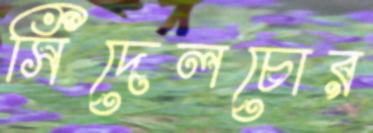
সিঁদেলচোর